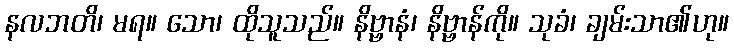
နလဘတိ၊ မရ။ သော၊ ထိုသူသည်။ နိဗ္ဗာနံ၊ နိဗ္ဗာန်ကို။ သုခံ၊ ချမ်းသာ၏ဟု။